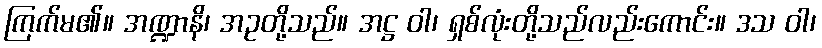
ကြက်မ၏။ အဏ္ဍာနိ၊ အဥတို့သည်။ အဋ္ဌ ဝါ၊ ရှစ်လုံးတို့သည်လည်းကောင်း။ ဒသ ဝါ၊